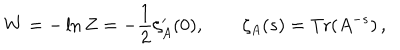
LaTeX: W = - \ln Z = - \frac { 1 } { 2 } \zeta _ { A } ^ { \prime } ( 0 ) , \qquad \zeta _ { A } ( s ) = { \textrm { T r } } ( A ^ { - s } ) \, ,